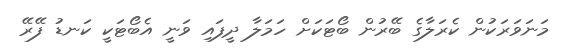
މަނަވަރަކުން ކެރަލާގެ ބޭރުން ބޯޓަކަށް ހަމަލާ ދީފައި ވަނީ އެބޯޓަކީ ކަނޑު ފޭރޭ